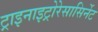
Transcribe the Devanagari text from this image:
ट्राइनाइट्रोरेसासिर्नेट